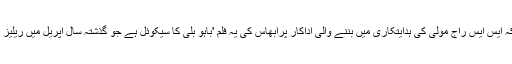
واضح رہے کہ ایس ایس راج مولی کی ہدایتکاری میں بننے والی اداکار پرابھاس کی یہ فلم 'باہو بلی کا سیکوئل ہے جو گذشتہ سال اپریل میں ریلیز کی گئی تھی ۔